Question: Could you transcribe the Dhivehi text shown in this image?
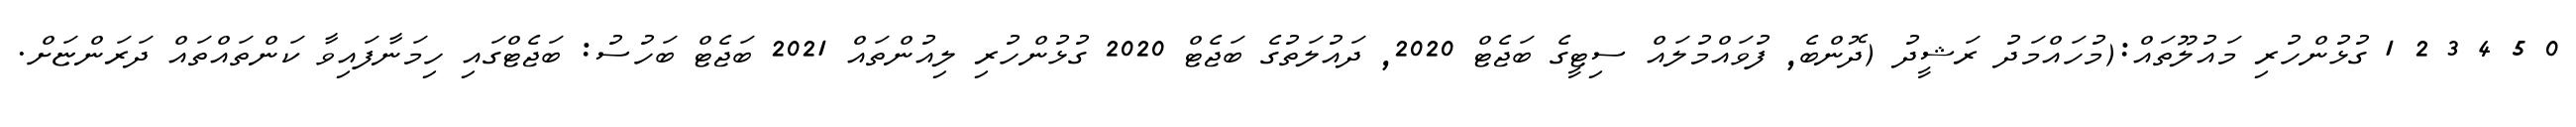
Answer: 0 5 4 3 2 1 ގުޅުންހުރި މައުލޫތައް:(މުހައްމަދު ރަޝީދު (ދޮންބެ, ފުވައްމުލައް ސިޓީގެ ބަޖެޓް 2020, ދައުލަތުގެ ބަޖެޓް 2020 ގުޅުންހުރި ލިއުންތައް 2021 ބަޖެޓް ބަހުސު: ބަޖެޓްގައި ހިމަނާފައިވާ ކަންތައްތައް ދަރަންޏަށް.